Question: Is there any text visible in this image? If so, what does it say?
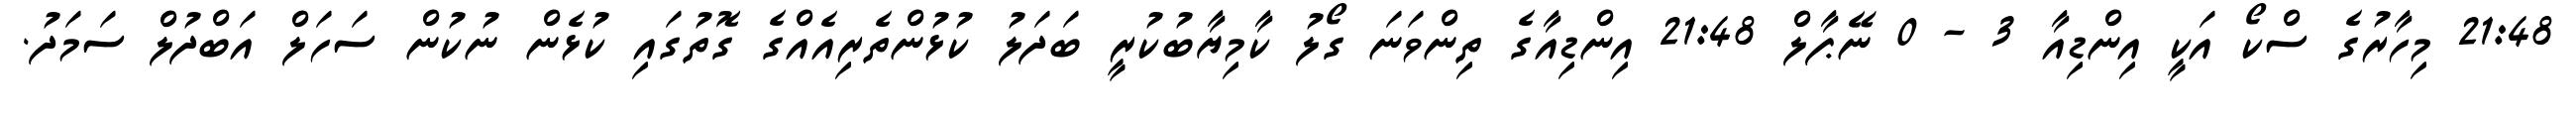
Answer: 21:48 މިހާރުގެ ސްކޯ އަކީ އިންޑިއާ 3 - 0 ނޭޕާލް 21:48 އިންޑިއާގެ ތިންވަނަ ގޯލު ކާމިޔާބުކުރީ ބަދަލު ކުޅުންތެރިއެއްގެ ގޮތުގައި ކުޅެން ނުކުން ސަހަލް އަބްދުލް ސަމަދު.